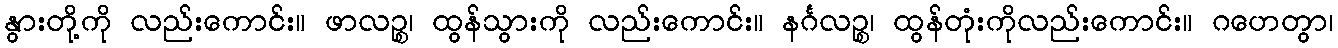
နွားတို့ကို လည်းကောင်း။ ဖာလဉ္စ၊ ထွန်သွားကို လည်းကောင်း။ နင်္ဂလဉ္စ၊ ထွန်တုံးကိုလည်းကောင်း။ ဂဟေတွာ၊